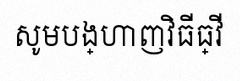
សូមបង្ហាញវិធីធ្វើ